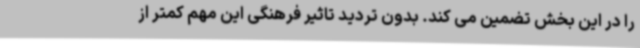
را در این بخش تضمین می کند. بدون تردید تاثیر فرهنگی این مهم کمتر از